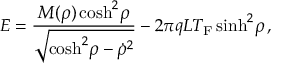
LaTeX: E = { \frac { M ( \rho ) \cosh ^ { 2 } \! \rho } { \sqrt { \cosh ^ { 2 } \! \rho - { \dot { \rho } } ^ { 2 } } } } - { 2 \pi q L T _ { \mathrm { F } } } \sinh ^ { 2 } \! \rho \, ,